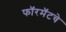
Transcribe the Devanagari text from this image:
फॉरमॅटचे